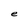
Character: e